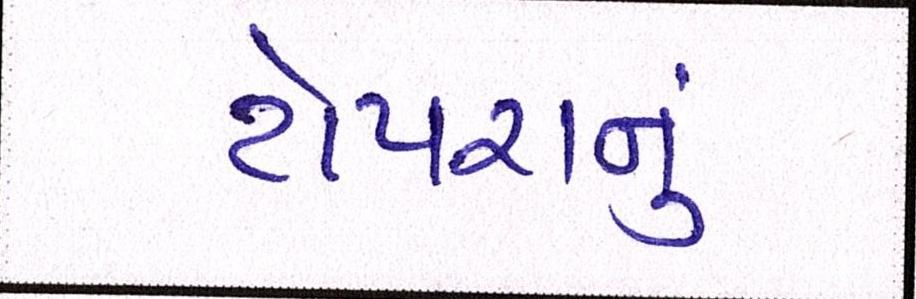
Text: ટોપરાનું